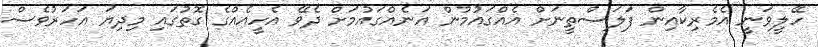
ހޭލީވަނީ އެމެރިކާއިން ފަލަސްތީނަށް އެއްގައުމުން އަނެއްގައުމަށް ދެވޭ އެހީއެއްގެ ގޮތުގައި މިދިޔަ އަހަރުވެސް